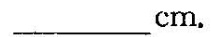
____cm。